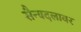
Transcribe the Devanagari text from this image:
सैन्यदलावर